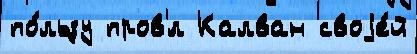
по́льзу пров'́л Калван своjе́й